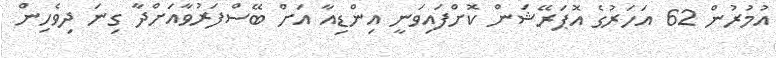
އުމުރުން 62 އަހަރުގެ އޮޕަރޭޝަން ކޮށްފައިވަނީ އިންޑިއާ އަށް ބޭސްފަރުވާއަށްދާ ގިނަ ދިވެހިން